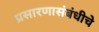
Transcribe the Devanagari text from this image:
प्रसारणासंबंधीचे